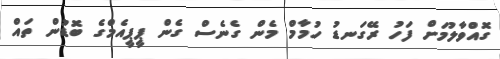
ގޮއްވާލުމަށް ފަހު ރޭގަނޑު ހުމާމް މެން ގެނެެސް ގެން ޕީޕީއެމްގެ ބޮޑުން ތައް